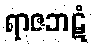
ရာဇဘဋံ